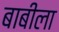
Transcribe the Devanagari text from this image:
बाबीला